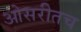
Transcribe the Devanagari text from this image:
ओसरीतच